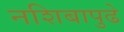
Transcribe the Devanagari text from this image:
नशिबापुढे